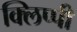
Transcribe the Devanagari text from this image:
क्लिप्पी